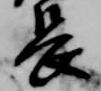
長